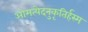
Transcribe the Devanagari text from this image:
ओमत्येदनुकृतिर्हस्म